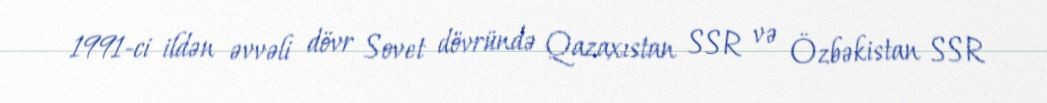
1991-ci ildən əvvəli dövr Sovet dövründə Qazaxıstan SSR və Özbəkistan SSR